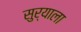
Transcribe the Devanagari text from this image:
सुर्याला